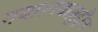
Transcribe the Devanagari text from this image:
गया।नवाज़ुद्दीन